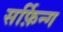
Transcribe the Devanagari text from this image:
सर्फ़िन्ग